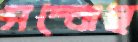
সম্‌ঝেছ